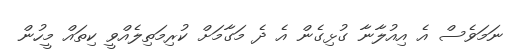
ނަމަވެސް އެ އިއުލާނާ ގުޅިގެން އެ ދެ މަގާމަށް ކުރިމަތިލެއްވީ ކިތައް މީހުން